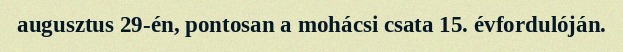
augusztus 29-én, pontosan a mohácsi csata 15. évfordulóján.